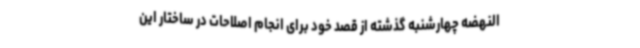
النهضه چهارشنبه گذشته از قصد خود برای انجام اصلاحات در ساختار این